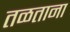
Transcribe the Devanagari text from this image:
तळताना